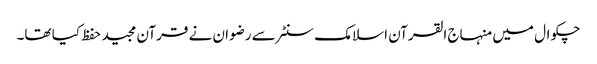
چکوال میں منہاج القرآن اسلامک سنٹر سے رضوان نے قرآن مجید حفظ کیا تھا۔